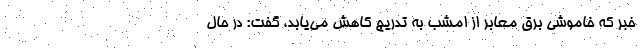
خبر که خاموشی برق معابر از امشب به تدریج کاهش می‌یابد، گفت: در حال